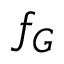
f _ { G }